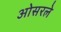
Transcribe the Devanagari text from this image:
ओसरले